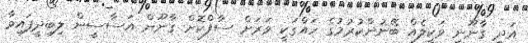
އަދި ގާނޫނީ ވަކީލެއް ބޭނުންކުރުމުގެ ހައްގަކީ ވަރަށް ސާފްކޮށް ގާނޫން އަސާސީން ލިބިދީފައިވާ